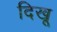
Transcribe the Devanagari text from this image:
दिखू